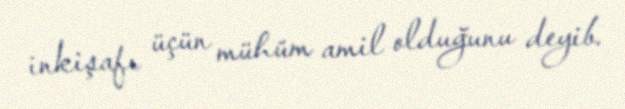
inkişafı üçün mühüm amil olduğunu deyib.